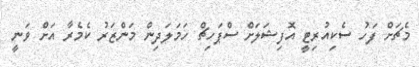
މެޗަށް ފަހު ސެކިއުރިޓީ އޮފިޝަލަށް ސްޕަހިޗް ހަމަލަދިން މަންޒަރު ކެމެރާ އަށް ވަނީ